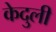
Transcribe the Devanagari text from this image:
केदुली